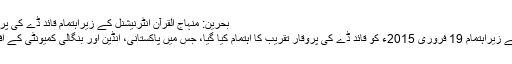
بحرین: منہاج القرآن انٹرنیشنل کے زیراہتمام قائد ڈے کی پروقار تقریب - تحریک منہاج القرآن
منہاج القرآن انٹر نیشنل (بحرین) کے زیراہتمام 19 فروری 2015ء کو قائد ڈے کی پروقار تقریب کا اہتمام کیا گیا، جس میں پاکستانی، انڈین اور بنگالی کمیونٹی کے افراد نے کثیر تعداد میں شرکت کی۔